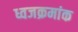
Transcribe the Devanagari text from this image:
ध्वजक्रमांक